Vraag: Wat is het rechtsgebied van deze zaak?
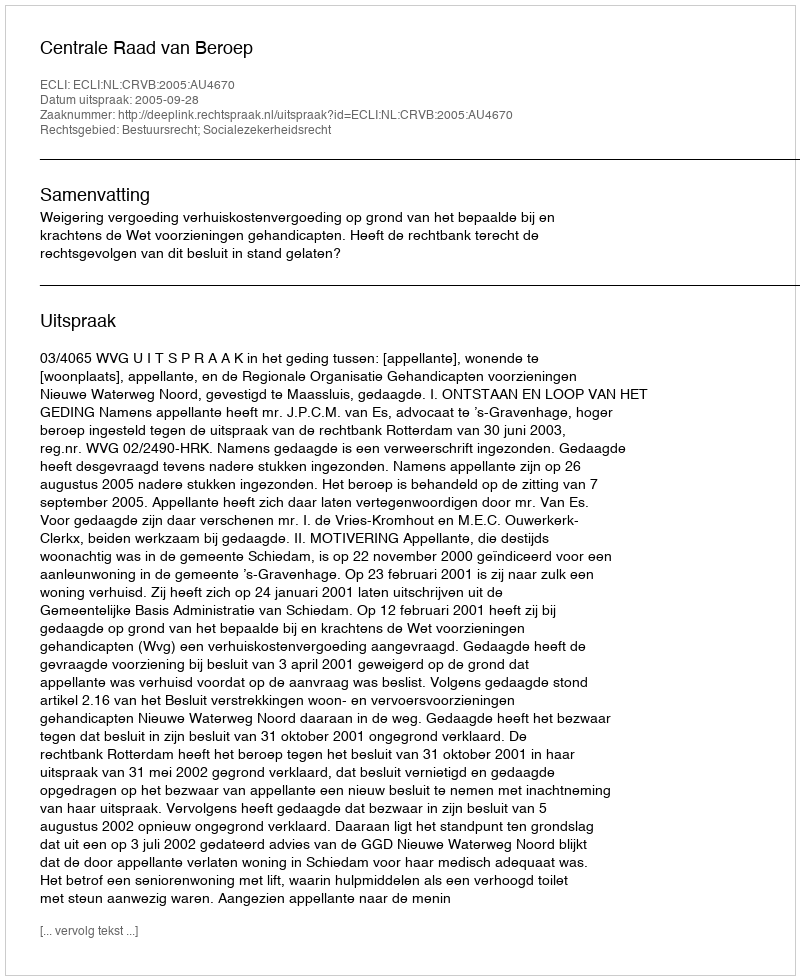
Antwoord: Bestuursrecht; Socialezekerheidsrecht